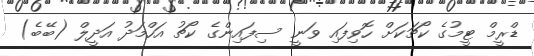
ޑްރީމް ޓީމުގެ ކޯޗަކަށް ހޮވިފައި ވަނީ ސިފައިންގެ ކޯޗު އަހްމަދު އަދީލް (ބޭބެ)